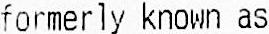
FORMERLY KNOWN AS